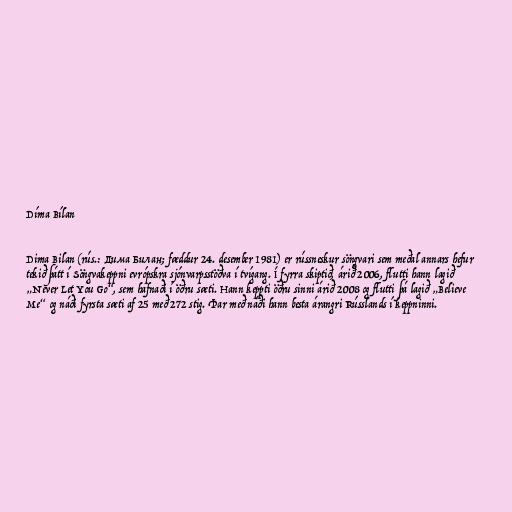
Díma Bílan

Dima Bilan (rús.: Дима Билан; fæddur 24. desember 1981) er rússneskur söngvari sem meðal annars hefur
tekið þátt í Söngvakeppni evrópskra sjónvarpsstöðva í tvígang. Í fyrra skiptið, árið 2006, flutti hann lagið
„Never Let You Go“, sem hafnaði í öðru sæti. Hann keppti öðru sinni árið 2008 og flutti þá lagið „Believe
Me“ og náði fyrsta sæti af 25 með 272 stig. Þar með náði hann besta árangri Rússlands í keppninni.